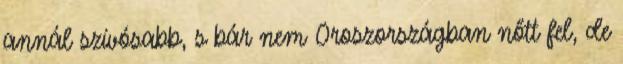
annál szívósabb, s bár nem Oroszországban nőtt fel, de